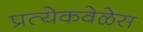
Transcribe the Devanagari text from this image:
प्रत्येकवेळेस